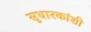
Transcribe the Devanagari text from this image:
सुधारकांशी